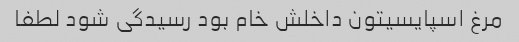
مرغ اسپایسیتون داخلش خام بود رسیدگی شود لطفا